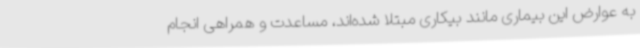
به عوارض این بیماری مانند بیکاری مبتلا شده‌اند، مساعدت و همراهی انجام